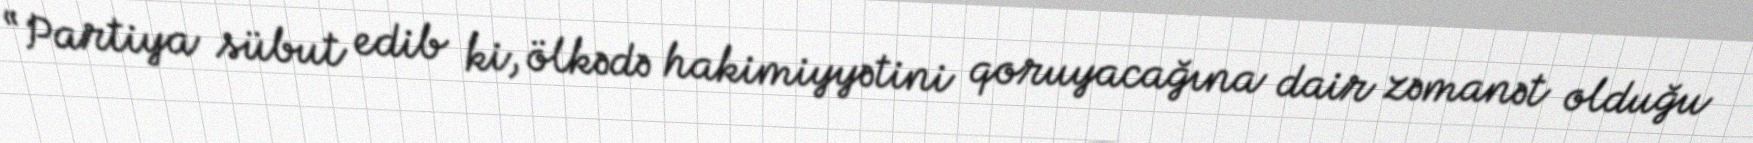
“Partiya sübut edib ki, ölkədə hakimiyyətini qoruyacağına dair zəmanət olduğu